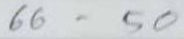
66 = 50